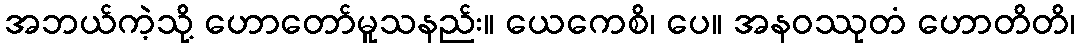
အဘယ်ကဲ့သို့ ဟောတော်မူသနည်း။ ယေကေစိ၊ ပေ။ အနဝဿုတံ ဟောတိတိ၊